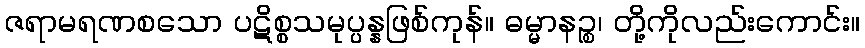
ဇရာမရဏစသော ပဋိစ္စသမုပ္ပန္နဖြစ်ကုန်။ ဓမ္မာနဉ္စ၊ တို့ကိုလည်းကောင်း။